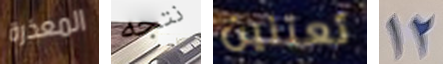
المعذرة نتجه تعتنين 12